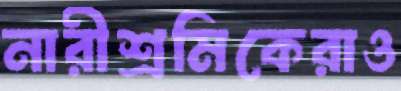
নারীশ্রমিকেরাও